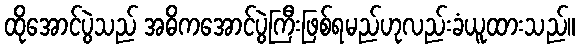
ထိုအောင်ပွဲသည် အဓိကအောင်ပွဲကြီးဖြစ်ရမည်ဟုလည်းခံယူထားသည်။